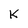
Character: k